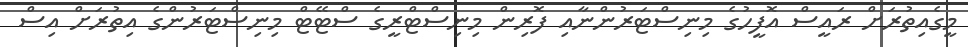
މީގެއިތުރަށް ރައީސް އޮފީހުގެ މިނިސްޓަރުންނާއި ފޮރިން މިނިސްޓްރީގެ ސްޓޭޓް މިނިސްޓަރުންގެ އިތުރަށް އިސް